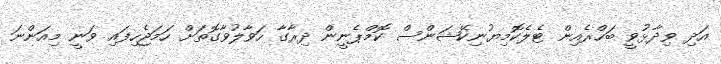
އަދި ވިދާޅުވީ ބަހްރެއިން ޓެލެކޮމިޔުނިކޭޝަންސް ކޮމްޕެނީން ދިރާގާ ހަވާލުވާގޮތަށް ހަމަޖެހިފައި ވަނީ މިއަންނަ